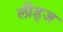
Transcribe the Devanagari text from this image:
लीड्ज